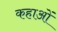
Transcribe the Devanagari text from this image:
कहाओं